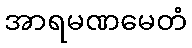
အာရမဏမေတံ